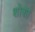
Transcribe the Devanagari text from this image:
शोशा